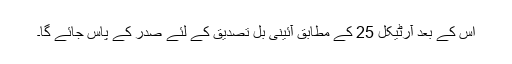
اس کے بعد آرٹیکل 25 کے مطابق آئینی بل تصدیق کے لئے صدر کے پاس جائے گا۔